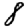
Digit: 8